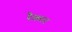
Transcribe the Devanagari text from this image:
रैफ़रर